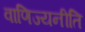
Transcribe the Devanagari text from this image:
वाणिज्यनीति